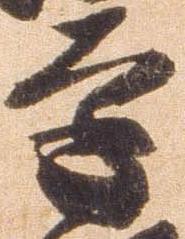
遠